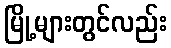
မြို့များတွင်လည်း